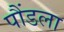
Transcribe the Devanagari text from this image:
पौंडला